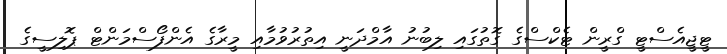
ޓީޖީއެސްޓީ ގްރީން ޓެކްސްގެ ގޮތުގައި ލިބުނު އާމްދަނީ އިތުރުވުމާއި މީރާގެ އެންފޯސްމަންޓް ޕޮލިސީގެ